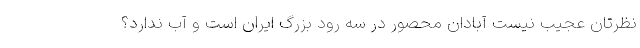
نظرتان عجیب نیست آبادان محصور در سه رود بزرگ ایران است و آب ندارد؟